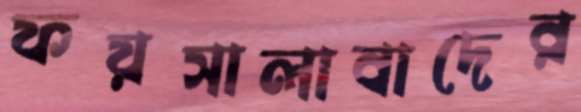
ফয়সালাবাদের